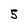
Character: 5